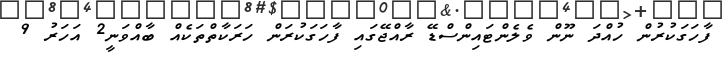
ފާހަގަކުރުން ހުއްދަ ނޫން ވެލެންޓައިންސްޑޭ ރާއްޖޭގައި ފާހަގަކުރަން ހަރަކާތްތަކެއް ބާއްވަނީ2 އަހަރު 9